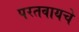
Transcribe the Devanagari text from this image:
परतवायचे